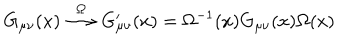
G _ { \mu \nu } ( x ) \stackrel { \Omega } { \longrightarrow } G _ { \mu \nu } ^ { \prime } ( x ) = \Omega ^ { - 1 } ( x ) G _ { \mu \nu } ( x ) \Omega ( x )